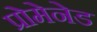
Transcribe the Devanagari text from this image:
प्रोमेनेड